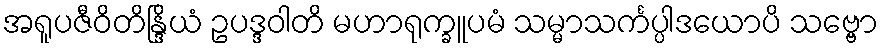
အရူပဇီဝိတိန္ဒြိယံ ဥပဒ္ဒဝါတိ မဟာရုက္ခူပမံ သမ္မာသင်္ကပ္ပါဒယောပိ သဗ္ဗော